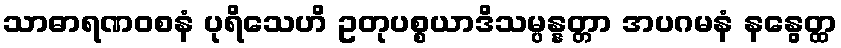
သာဓာရဏဝစနံ ပုရိသေဟိ ဥတုပစ္စယာဒိသမ္ပန္နတ္တာ အပဂမနံ နနွေတ္ထ